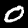
Digit: 0